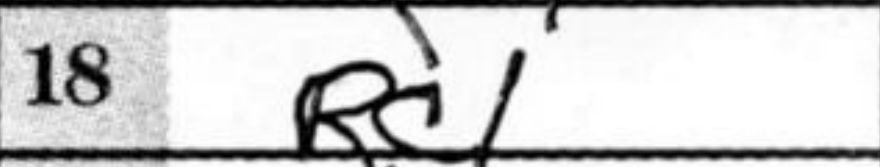
Transcription: Rc1